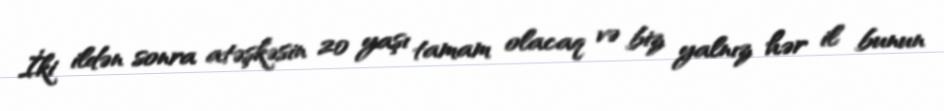
İki ildən sonra atəşkəsin 20 yaşı tamam olacaq və biz yalnız hər il bunun